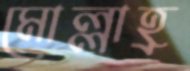
মোল্লাহ্র